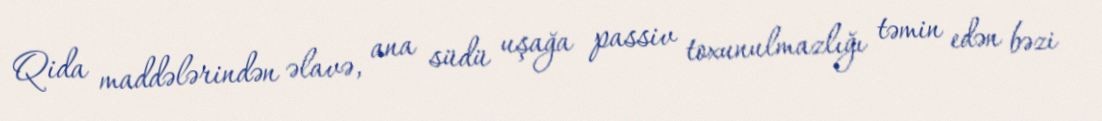
Qida maddələrindən əlavə, ana südü uşağa passiv toxunulmazlığı təmin edən bəzi